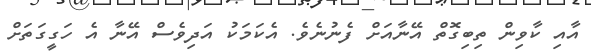
އާއި ކާވިން ތިބިގޮތް އޭނާއަށް ފެނުނެވެ. އެކަމަކު އަދިވެސް އޭނާ އެ ހަގީގަތަށް